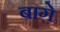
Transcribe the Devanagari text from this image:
बाग़े